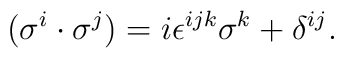
(\sigma^i \cdot \sigma^j) = i\epsilon^{ijk} \sigma^k +\delta^{ij}.